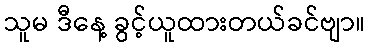
သူမ ဒီနေ့ ခွင့်ယူထားတယ်ခင်ဗျာ။